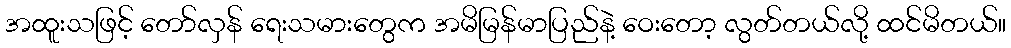
အထူးသဖြင့် တော်လှန် ရေးသမားတွေက အမိမြန်မာပြည်နဲ့ ဝေးတော့ လွတ်တယ်လို့ ထင်မိတယ်။